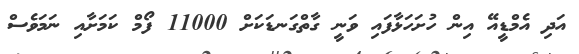
އަދި އެމްޑީއޭ އިން ހުށަހަޅާފައި ވަނީ ގާތްގަނޑަކަށް 11000 ފޯމް ކަމަށާއި ނަމަވެސް